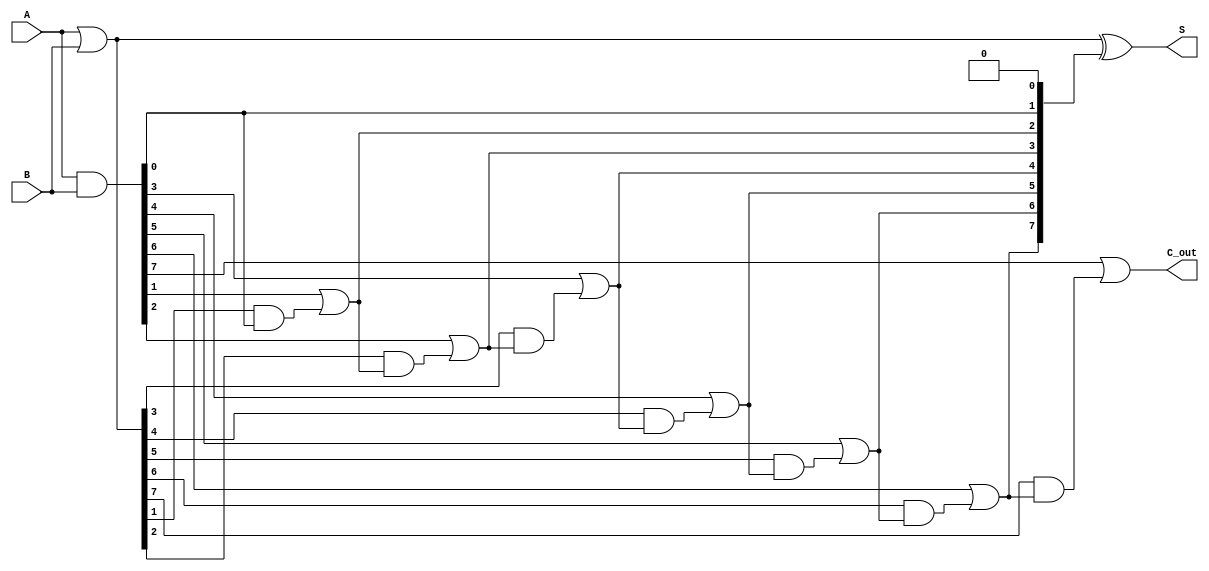
module brent_kung_adder #(parameter n = 8) (
    input  [n-1:0] A,      // First operand
    input  [n-1:0] B,      // Second operand
    output [n-1:0] S,      // Sum output
    output        C_out     // Carry out
);

    // Generate and propagate signals
    wire [n-1:0] G; // Generate
    wire [n-1:0] P; // Propagate
    wire [n:0] C;   // Carry signals

    // Generate and propagate calculations
    assign G = A & B;          // Generate
    assign P = A | B;          // Propagate

    // Initialize carry C[0] to 0
    assign C[0] = 1'b0;

    // Carry generation using Brent-Kung logic
    genvar i, j, k;
    generate
        // First level of carry generation
        for (i = 0; i < n; i = i + 1) begin : carry_gen_level_0
            assign C[i+1] = G[i] | (P[i] & C[i]);
        end

        // Additional levels can be added here for larger n
        // For simplicity, we will only implement the basic carry generation
        // You can expand this to include more levels for larger n
    endgenerate

    // Sum calculation
    assign S = P ^ C[n-1:0]; // Sum bits

    // Final carry out
    assign C_out = C[n];

endmodule